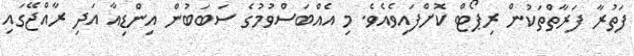
ފަތުރާ ފަރާތްތަކުން ރިޕޯޓް ކޮށްފައިވެއެވެ. މި އެއްބަސްވުމުގެ ސަބަބުން އިންޑިއާ އަދި ރާއްޖޭގައި